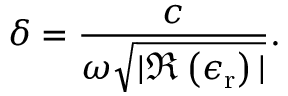
\delta = \frac { c } { \omega \sqrt { | \Re \left( \epsilon _ { \mathrm { r } } \right) | } } .